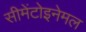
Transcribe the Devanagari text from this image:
सीमेंटोइनेमल